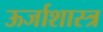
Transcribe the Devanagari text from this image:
ऊर्जाशास्त्र